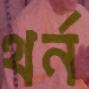
থর্ন